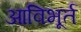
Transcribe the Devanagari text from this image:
आविभूर्त